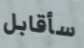
سأقابل